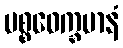
ပစ္စဝေက္ခမာနံ